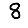
Digit: 8